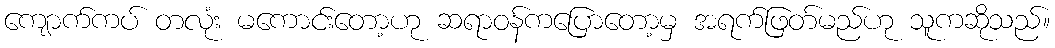
ကျောက်ကပ် တလုံး မကောင်းတော့ဟု ဆရာဝန်ကပြောတော့မှ အရက်ဖြတ်မည်ဟု သူကဆိုသည်။